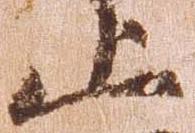
止